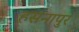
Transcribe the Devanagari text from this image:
हसनापुर